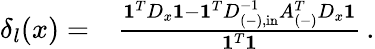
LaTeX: \begin{array}{rl}{\delta_{l}(x)=}&{{}\frac{\mathbf{1}^{T}D_{x}\mathbf{1}-\mathbf{1}^{T}D_{(-),\mathrm{{in}}}^{-1}A_{(-)}^{T}D_{x}\mathbf{1}}{\mathbf{1}^{T}\mathbf{1}}\, .}\end{array}